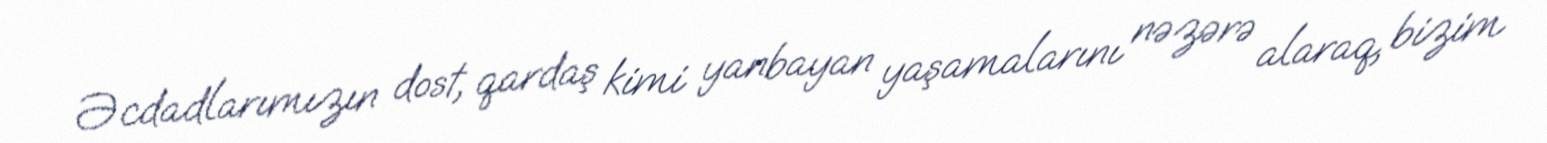
Əcdadlarımızın dost, qardaş kimi yanbayan yaşamalarını nəzərə alaraq, bizim